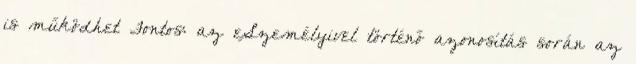
is működhet Fontos: az eSzemélyivel történő azonosítás során az